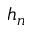
h _ { n }